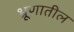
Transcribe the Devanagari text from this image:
भ्रूणातील